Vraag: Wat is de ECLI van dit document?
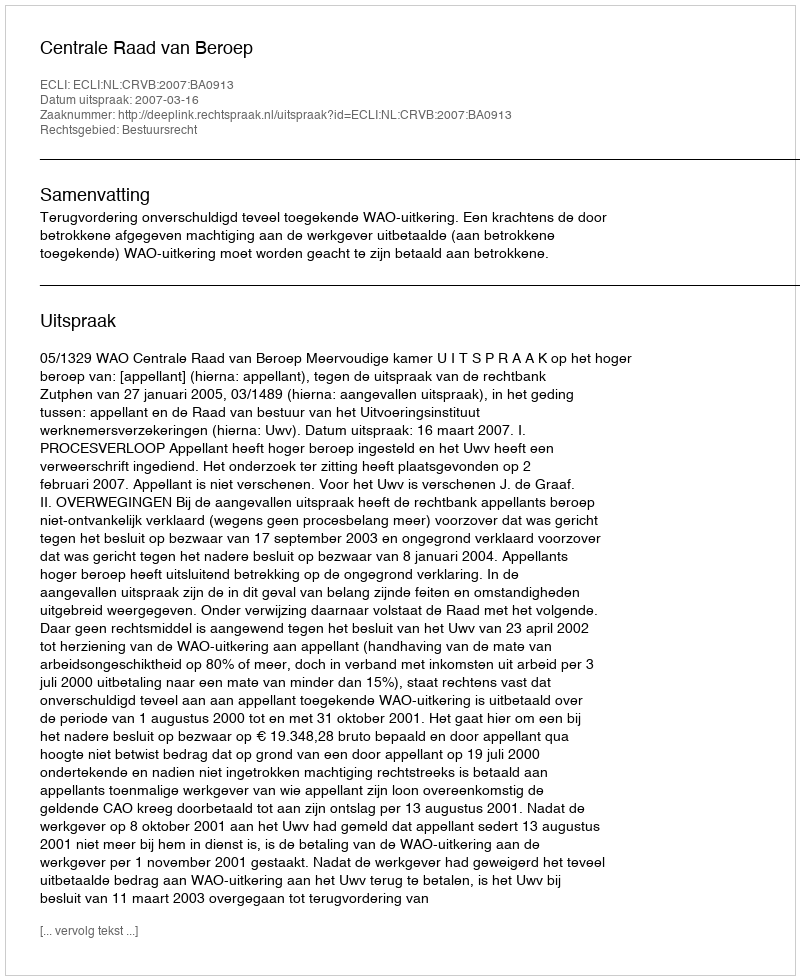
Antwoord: ECLI:NL:CRVB:2007:BA0913